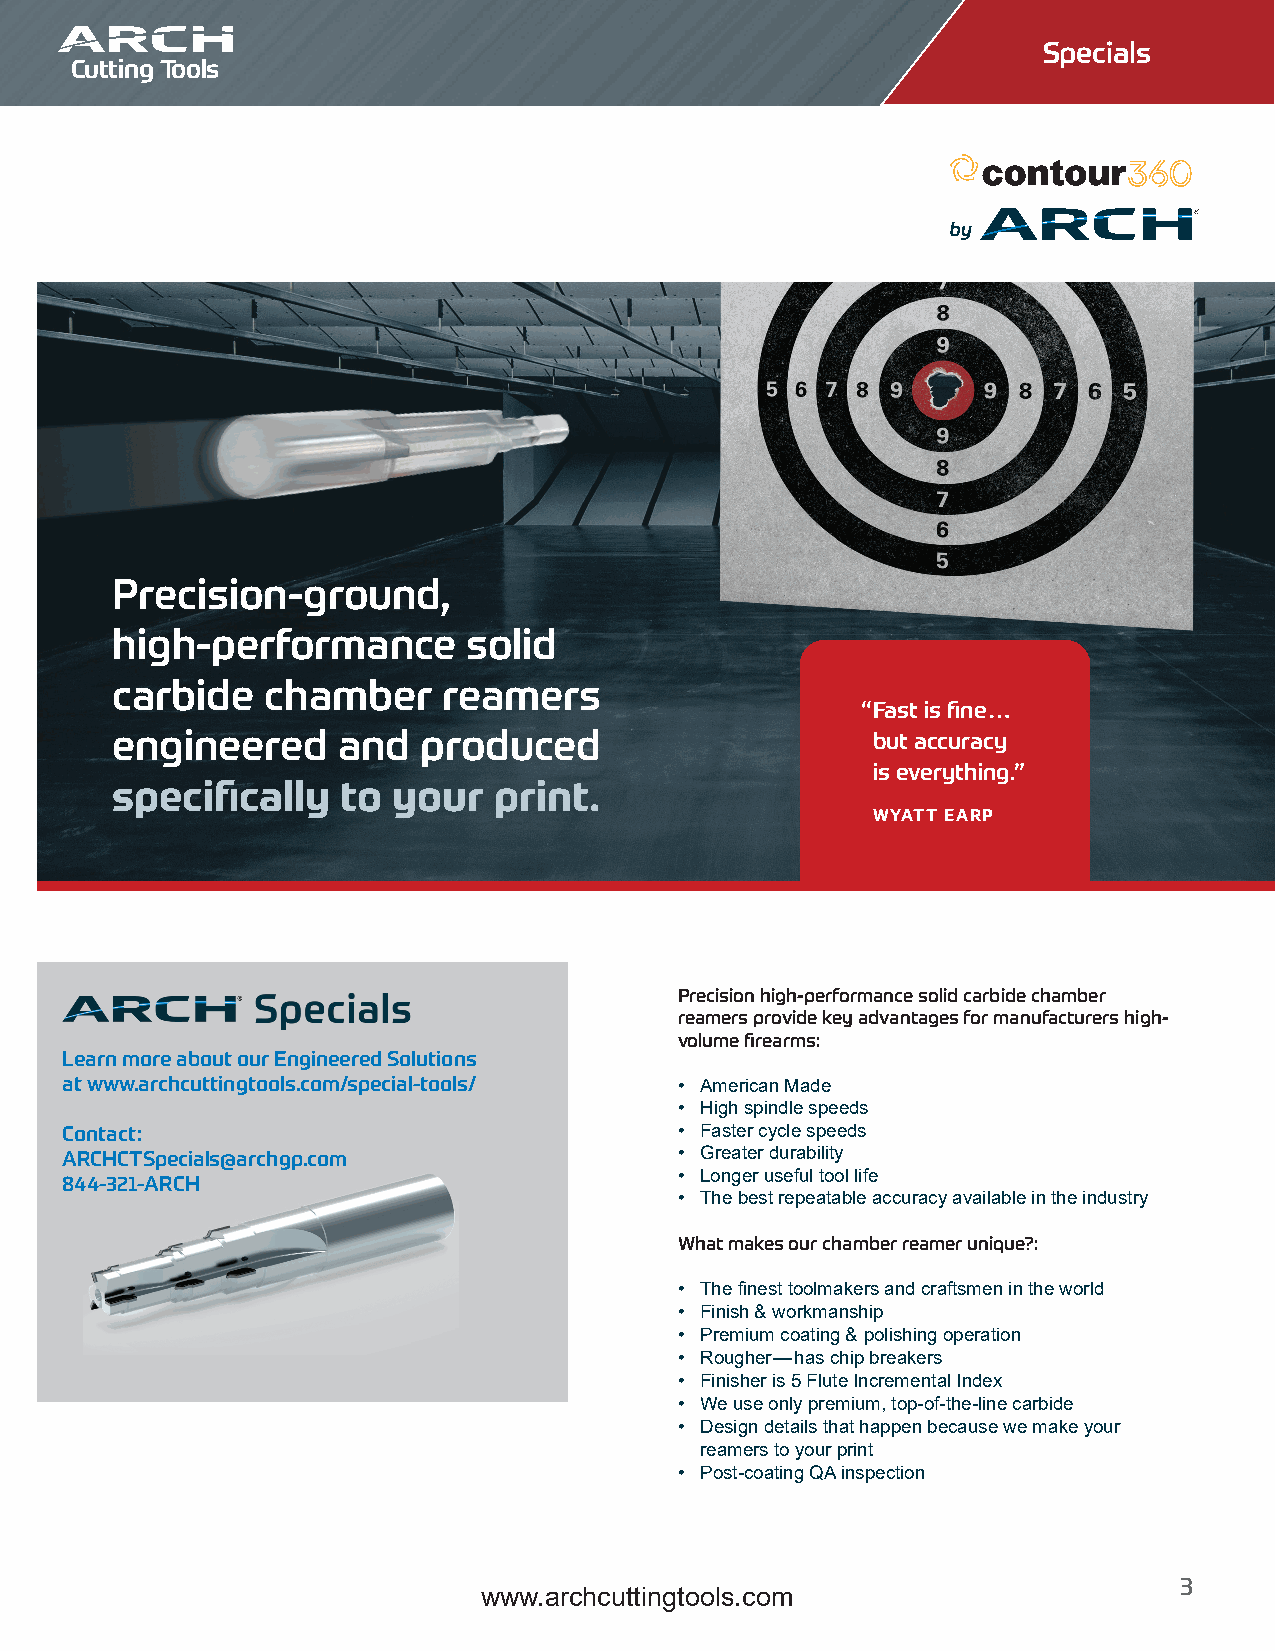
Specials
 Cutting Tools
 Precision-ground,
 high-performance        solid
 carbide   chamber     reamers
 “ Fast is fine…
 engineered     and   produced                      but accuracy
 is everything.”
 specifically    to your   print.
 WYATT EARP
 Precision high-performance solid carbide chamber
 reamers provide key advantages for manufacturers high-
 volume firearms:
 Learn more about our Engineered Solutions
 at www.archcuttingtools.com/special-tools/ • American Made
 • High spindle speeds
 Contact:                                 • Faster cycle speeds
 ARCHCTSpecials@archgp.com                • Greater durability
 844-321-ARCH                             • Longer useful tool life
 • The best repeatable accuracy available in the industry
 What makes our chamber reamer unique?:
 • The finest toolmakers and craftsmen in the world
 • Finish & workmanship
 • Premium coating & polishing operation
 • Rougher—has chip breakers
 • Finisher is 5 Flute Incremental Index
 • We use only premium, top-of-the-line carbide
 • Design details that happen because we make your
 reamers to your print
 • Post-coating QA inspection
 3
 www.archcuttingtools.com